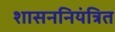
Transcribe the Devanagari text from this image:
शासननियंत्रित